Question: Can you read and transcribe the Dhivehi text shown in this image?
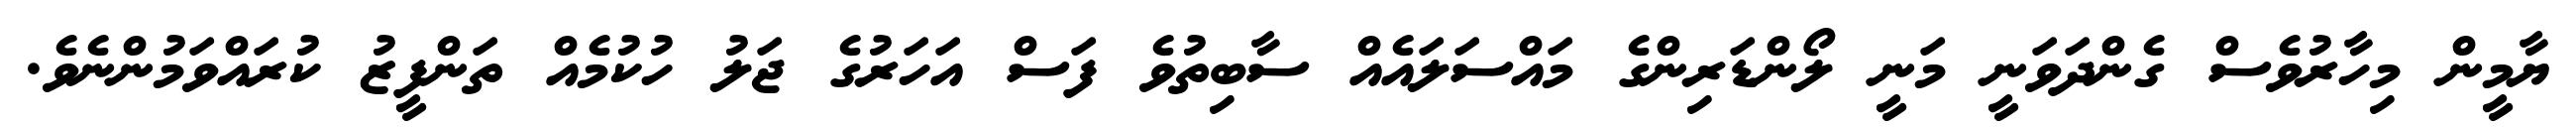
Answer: ޔާމީން މިހާރުވެސް ގެންދަވަނީ މަނީ ލޯންޑަރިންގެ މައްސަލައެއް ސާބިތުވެ ފަސް އަހަރުގެ ޖަލު ހުކުމެއް ތަންފީޒު ކުރައްވަމުންނެވެ.